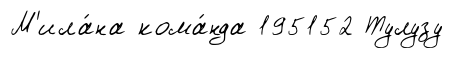
М'ила́на кома́нда 195152 Тулузу